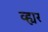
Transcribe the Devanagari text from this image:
व्ह्यर